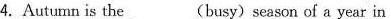
4.Autumn is the___(busy)season of a year in